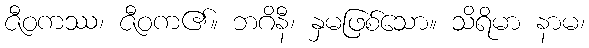
ဇီဝကဿ၊ ဇီဝက၏။ ဘဂိနီ၊ နှမဖြစ်သော။ သိရိမာ နာမ၊